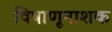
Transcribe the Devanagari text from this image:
विषाणूनाशक